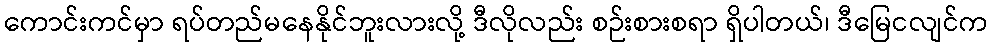
ကောင်းကင်မှာ ရပ်တည်မနေနိုင်ဘူးလားလို့ ဒီလိုလည်း စဉ်းစားစရာ ရှိပါတယ်၊ ဒီမြေငလျင်က